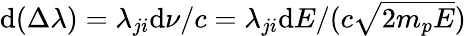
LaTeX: \mathrm{d}(\Delta\lambda)=\lambda_{ji}\mathrm{d}\nu/c=\lambda_{ji}\mathrm{d}E/(c\sqrt{2m_{p}E})